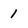
Character: 1